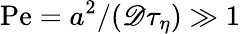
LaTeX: \mathrm{Pe}=a^{2}/(\mathscr{D}\tau_{\eta})\gg 1